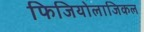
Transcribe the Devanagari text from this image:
फिजियोलाजिकल